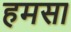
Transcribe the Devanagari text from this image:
हमसा